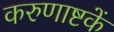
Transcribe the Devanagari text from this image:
करुणाष्टकें